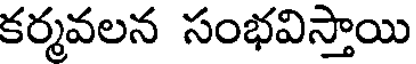
కర్మవలన సంభవిస్తాయి